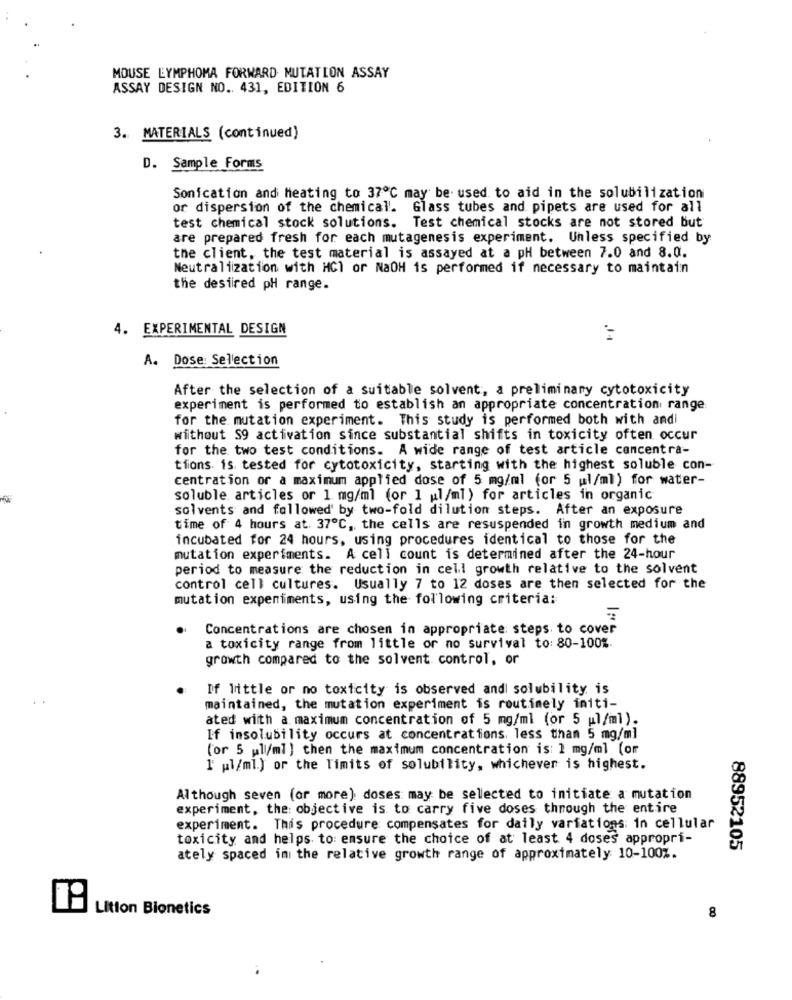
MOUSE LYMPHOMA FORWARD MUTATION ASSAY
ASSAY DESIGN NO .. 431, EDITION 6
3. MATERIALS (continued)
D. Sample Forms
Sonication and heating to 37℃ may be used to aid in the solubilization
or dispersion of the chemical'. Glass tubes and pipets are used for all
test chemical stock solutions. Test chemical stocks are not stored but
are prepared fresh for each mutagenesis experiment. Unless specified by
the client, the test material is assayed at a pH between 7.0 and 8.0.
Neutralization with HCl or NaOH is performed if necessary to maintain
the desired pH range.
4. EXPERIMENTAL DESIGN
A. Dose Selection
After the selection of a suitable solvent, a preliminany cytotoxicity
experiment is performed to establish an appropriate concentration range
for the mutation experiment. This study is performed both with andi
without $9 activation since substantial shifts in toxicity often occur
for the two test conditions. A wide range of test article cancentra-
tions is tested for cytotoxicity, starting with the highest soluble con-
centration or a maximum applied dose of 5 mg/ml (or 5 ul/ml) for water-
soluble articles or 1 mg/ml (or 1 ul/ml) for articles in organic
solvents and followed by two-fold dilution steps. After an exposure
time of 4 hours at. 37℃, the cells are resuspended in growth medium and
incubated for 24 hours, using procedures identical to those for the
mutation experiments. A cell count is determined after the 24-hour
period to measure the reduction in cell growth relative to the solvent
control cell cultures. Usually 7 to 12 doses are then selected for the
mutation experiments, using the following criteria:
Concentrations are chosen in appropriate: steps to cover
a toxicity range from little or no survival to: 80-100%.
growth compared to the solvent control, or
If little or no toxicity is observed andl solubility is
maintained, the mutation experiment is routinely initi-
ated with a maximum concentration of 5 mg/ml (or 5 ul/ml).
If insolubility occurs at concentrations, less than 5 mg/ml
(or 5 pll/ml ) then the maximum concentration is: 1 mg/ml (or
l' pl/ml.) or the limits of solubility, whichever is highest.
Although seven (or more). doses may be selected to initiate a mutation
experiment, the: objective is to carry five doses through the entire
experiment. This procedure compensates for daily variations in cellular
toxicity and helps to ensure the choice of at least 4 doses appropri-
88952105
ately spaced in the relative growth range of approximately 10-100%.
Lition Bionetics
8